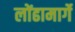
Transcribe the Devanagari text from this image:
लोंढामार्गे